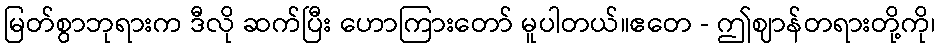
မြတ်စွာဘုရားက ဒီလို ဆက်ပြီး ဟောကြားတော် မူပါတယ်။ဧတေ - ဤဈာန်တရားတို့ကို၊